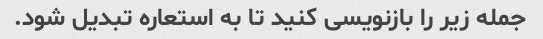
جمله زیر را بازنویسی کنید تا به استعاره تبدیل شود.